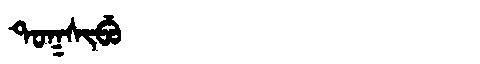
Manchu: ᡨᠣᡴᠰᡳᠪᡠ
Romanization: TOKSIBU